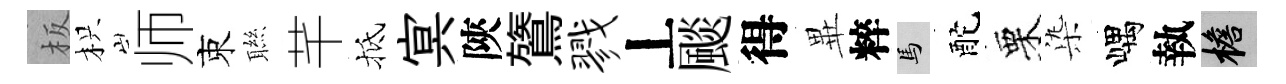
板枳师束聮芊抵㝠陝鷟戮丄颷得𭺾粹馬酡栗𣑱嵎執檐